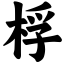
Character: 桴